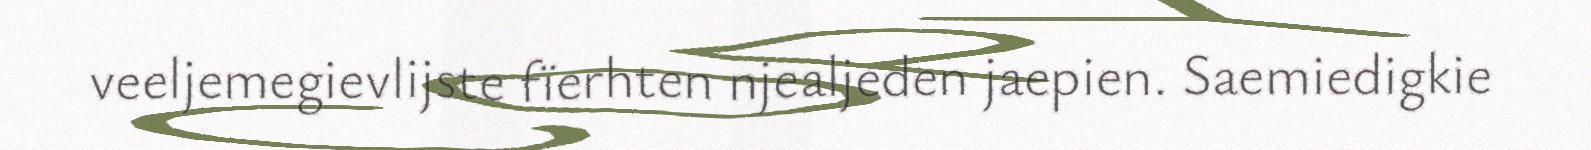
veeljemegievlijste fïerhten njealjeden jaepien. Saemiedigkie